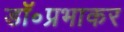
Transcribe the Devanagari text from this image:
डॉ॰प्रभाकर